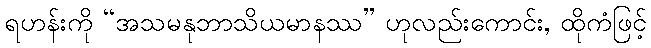
ရဟန်းကို “အသမနုဘာသိယမာနဿ” ဟုလည်းကောင်း, ထိုကံဖြင့်